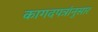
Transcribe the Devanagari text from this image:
कागदपत्रांनुसार